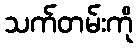
သက်တမ်းကို